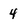
Character: 4